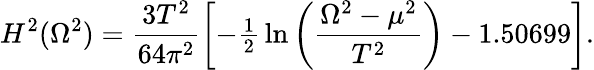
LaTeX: H^{2}(\Omega^{2})=\frac{3T^{2}}{64\pi^{2}}\left[-{\textstyle\frac{1}{2}}\ln\left(\frac{\Omega^{2}-\mu^{2}}{T^{2}}\right)-1.50699\right].